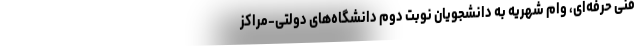
فنی حرفه‌ای، وام شهریه به دانشجویان نوبت دوم دانشگاه‌های دولتی-مراکز